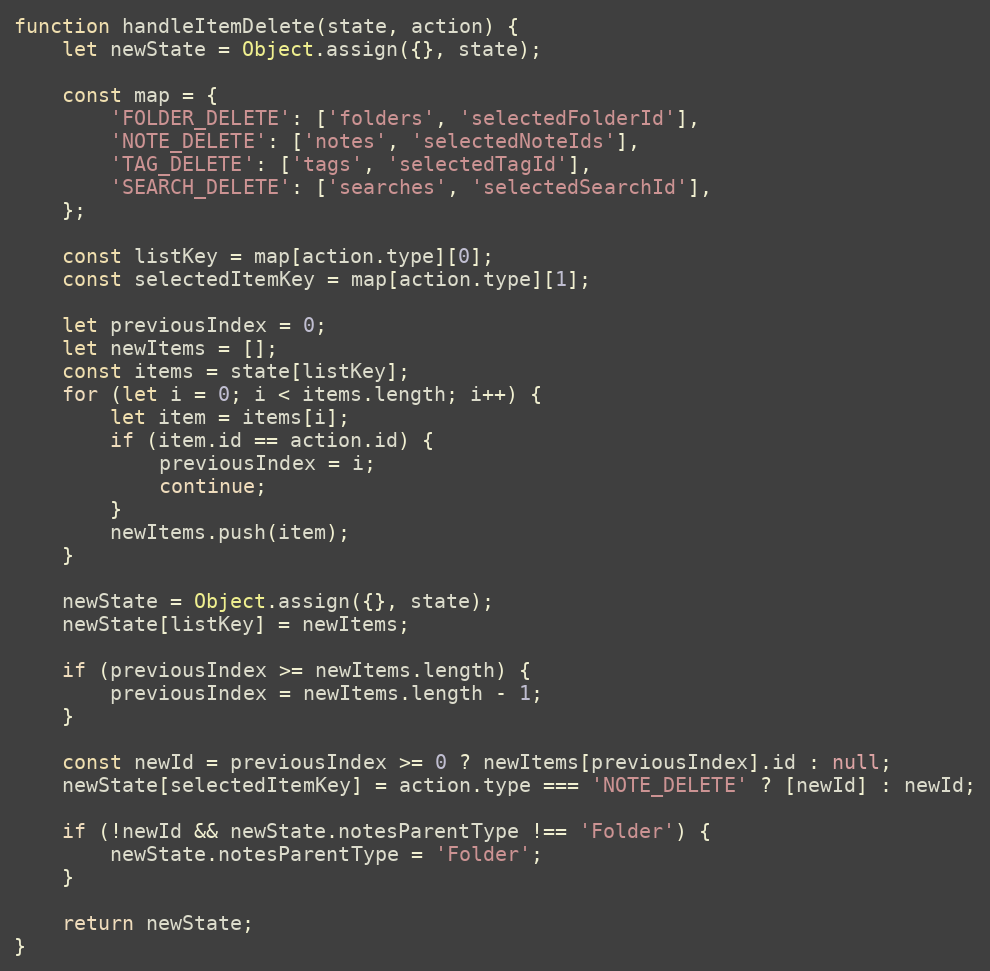
Language: JavaScript
function handleItemDelete(state, action) {
	let newState = Object.assign({}, state);

	const map = {
		'FOLDER_DELETE': ['folders', 'selectedFolderId'],
		'NOTE_DELETE': ['notes', 'selectedNoteIds'],
		'TAG_DELETE': ['tags', 'selectedTagId'],
		'SEARCH_DELETE': ['searches', 'selectedSearchId'],
	};

	const listKey = map[action.type][0];
	const selectedItemKey = map[action.type][1];

	let previousIndex = 0;
	let newItems = [];
	const items = state[listKey];
	for (let i = 0; i < items.length; i++) {
		let item = items[i];
		if (item.id == action.id) {
			previousIndex = i;
			continue;
		}
		newItems.push(item);
	}

	newState = Object.assign({}, state);
	newState[listKey] = newItems;

	if (previousIndex >= newItems.length) {
		previousIndex = newItems.length - 1;
	}

	const newId = previousIndex >= 0 ? newItems[previousIndex].id : null;
	newState[selectedItemKey] = action.type === 'NOTE_DELETE' ? [newId] : newId;

	if (!newId && newState.notesParentType !== 'Folder') {
		newState.notesParentType = 'Folder';
	}

	return newState;
}